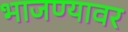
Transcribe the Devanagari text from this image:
भाजण्यावर